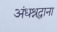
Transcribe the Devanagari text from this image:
अंधश्रद्धाना